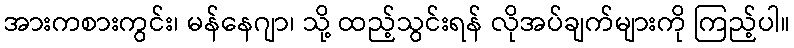
အားကစားကွင်း၊ မန်နေဂျာ၊ သို့ ထည့်သွင်းရန် လိုအပ်ချက်များကို ကြည့်ပါ။